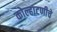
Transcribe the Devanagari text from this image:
कोल्हाटणीचे